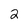
Character: 2